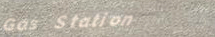
Gas Station